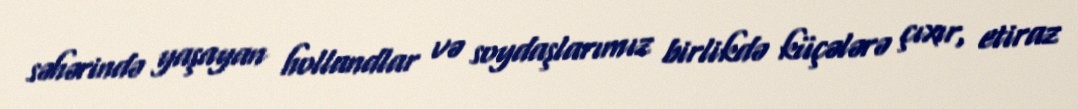
səhərində yaşayan hollandlar və soydaşlarımız birlikdə küçələrə çıxır, etiraz